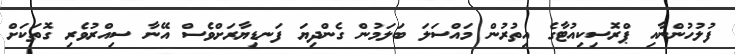
ފުލުހުންނާއި ޕްރޮސިކިއުޓާގެ އިތުރުން މައްސަލަ ބަލަމުން ގެންދިޔަ ފަނޑިޔާރަށްވެސް އޭނާ ސިއްރުވެރި ގޮތަކަށް